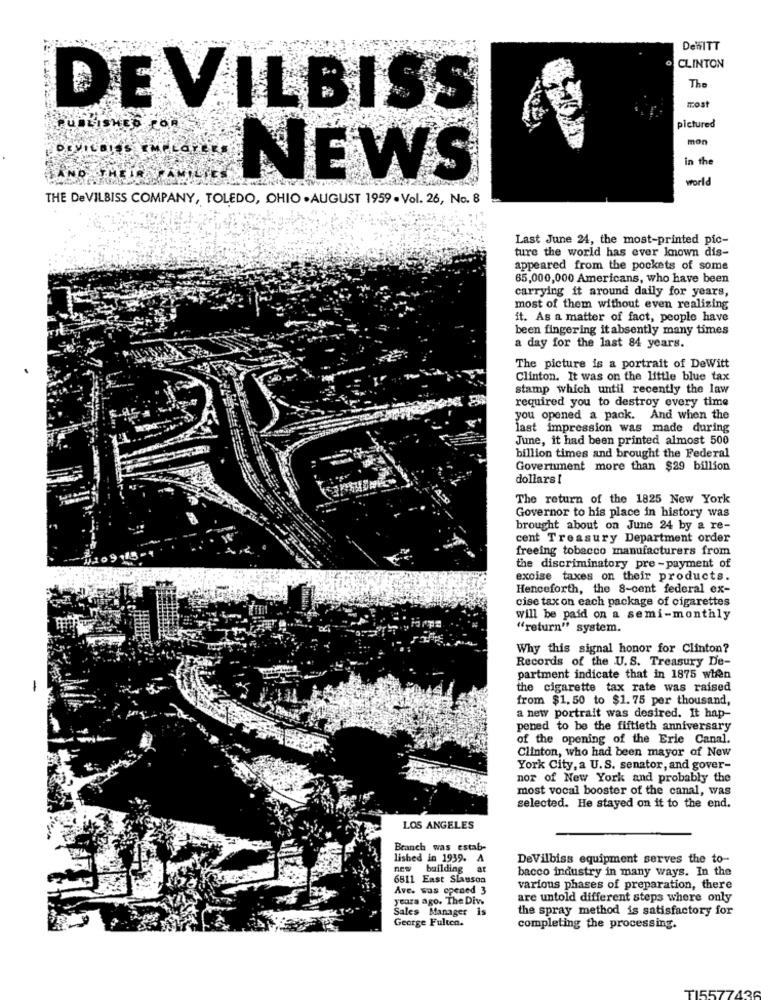
DeWITT
O CLINTON
The
most
DEVILBISS
PUBLISHED
pictured
mon
in the
NO THEIR
NEWS
world
THE DeVILBISS COMPANY, TOLEDO, OHIO .AUGUST 1959 . Vol. 26, No. 8
Last June 24, the most-printed pic-
ture the world has ever known dis-
appeared from the pockets of some
65,000,000 Americans, who have been
carrying it around daily for years,
most of them without even realizing
it. As a matter of fact, people have
been fingering it absently many times
a day for the last 84 years.
The picture is a portrait of DeWitt
Clinton. It was on the little blue tax
stamp which until recently the law
required you to destroy every time
you opened a pack. And when the
last impression was made during
June, it had been printed almost 500
billion times and brought the Federal
Government more than $29 billion
dollars !
The return of the 1825 New York
Governor to his place in history was
brought about on June 24 by a re-
cent Treasury Department order
freeing tobacco manufacturers from
the discriminatory pre - payment of
excise taxes on their products.
Henceforth, the 8-cent federal ex-
cise tax on each package of cigarettes
will be paid on a semi-monthly
"return" system.
Why this signal honor for Clinton?
Records of the U.S. Treasury De-
partment indicate that in 1875 wien
the cigarette tax rate was raised
from $1, 50 to $1. 75 per thousand,
a new portrait was desired. It hap-
pened to be the fiftieth anniversary
of the opening of the Erie Canal.
Clinton, who had been mayor of New
York City, a U.S. senator, and gover-
nor of New York and probably the
most vocal booster of the canal, was
selected. He stayed on it to the end.
LOS ANGELES
Branch was estab-
lished in 1939.
1
DeVilbiss equipment serves the to-
building
ar
bacco industry in many ways. In the
6511 East Slauson
Ave. was opened 3
various phases of preparation, there
years ago. The Din
are untold different steps where only
Sales Manager is
the spray method is satisfactory for
George Fulten.
completing the processing.